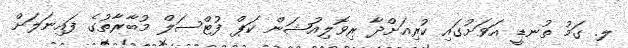
ލ. ގަމު ތުނޑީ އަވަށުގައި ކުރިއަށްދާ ރިވޮލިއުޝަން ކަޕް ފުޓްސަލް މުބާރާތުގެ ފައިނަލަށް